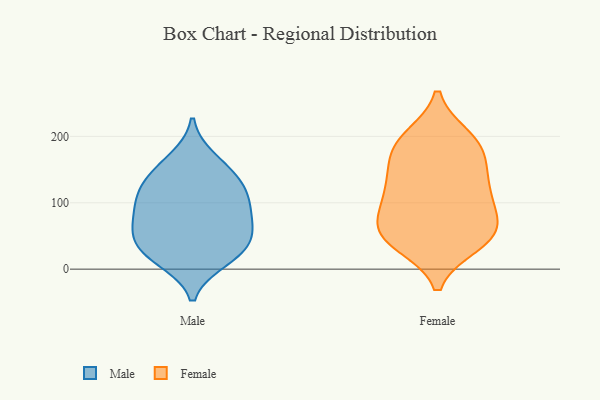
{"axis": {"x": "Conversion Rate (%)", "y": "Value"}, "legend": ["Female", "Male"], "data": [{"x": "", "y": 62, "type": "Male"}, {"x": "", "y": 28, "type": "Male"}, {"x": "", "y": 140, "type": "Male"}, {"x": "", "y": 21, "type": "Male"}, {"x": "", "y": 86, "type": "Male"}, {"x": "", "y": 166, "type": "Male"}, {"x": "", "y": 38, "type": "Male"}, {"x": "", "y": 112, "type": "Male"}, {"x": "", "y": 70, "type": "Male"}, {"x": "", "y": 112, "type": "Male"}, {"x": "", "y": 144, "type": "Male"}, {"x": "", "y": 56, "type": "Male"}, {"x": "", "y": 106, "type": "Male"}, {"x": "", "y": 14, "type": "Male"}, {"x": "", "y": 44, "type": "Female"}, {"x": "", "y": 195, "type": "Female"}, {"x": "", "y": 59, "type": "Female"}, {"x": "", "y": 125, "type": "Female"}, {"x": "", "y": 172, "type": "Female"}, {"x": "", "y": 125, "type": "Female"}, {"x": "", "y": 169, "type": "Female"}, {"x": "", "y": 199, "type": "Female"}, {"x": "", "y": 48, "type": "Female"}, {"x": "", "y": 152, "type": "Female"}, {"x": "", "y": 194, "type": "Female"}, {"x": "", "y": 110, "type": "Female"}, {"x": "", "y": 37, "type": "Female"}, {"x": "", "y": 74, "type": "Female"}, {"x": "", "y": 115, "type": "Female"}, {"x": "", "y": 69, "type": "Female"}, {"x": "", "y": 40, "type": "Female"}, {"x": "", "y": 83, "type": "Female"}]}